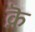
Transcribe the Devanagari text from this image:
क़ॆ